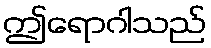
ဤရောဂါသည်